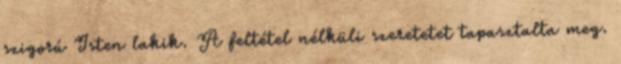
szigorú Isten lakik. A feltétel nélküli szeretetet tapasztalta meg.